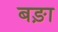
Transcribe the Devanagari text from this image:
बङ़ा